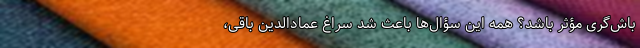
باش‌گری مؤثر باشد؟‌ همه این سؤال‌ها باعث شد سراغ عمادالدین باقی،